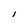
Character: I